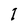
Character: I